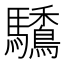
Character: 𩧒